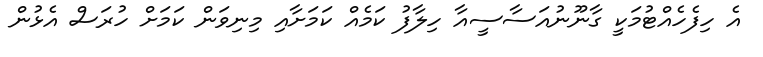
އެ ހިފެހެއްޓުމަކީ ގާނޫނުއަސާސީއާ ހިލާފު ކަމެއް ކަމަށާއި މިނިވަން ކަމަށް ހުރަސް އެޅުން